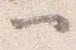
一